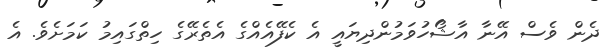
ދެން ވެސް އޭނާ އާޝޯހުވަމުންދިޔައީ އެ ކެފޭއެއްގެ އެތެރޭގެ ހިތްގައިމު ކަމަށެވެ. އެ